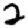
Digit: 2